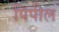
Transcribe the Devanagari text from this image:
पिपील